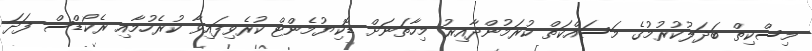
މިސްކިތް ބަދަލުކުރުމުގެ މަސައްކަތް ކުރަމުންދާއިރު މިހާތަނަށް ޑޮކިޔުމެންޓް ކުރެވިފައިވާ ކުރެހުމާއި ރެކޯޑްސް ފަދަ